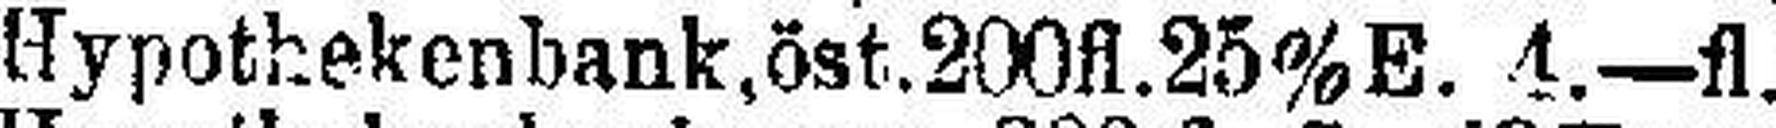
Hypothekenbank, öst. 200fl. 25% E. 4.—fl.